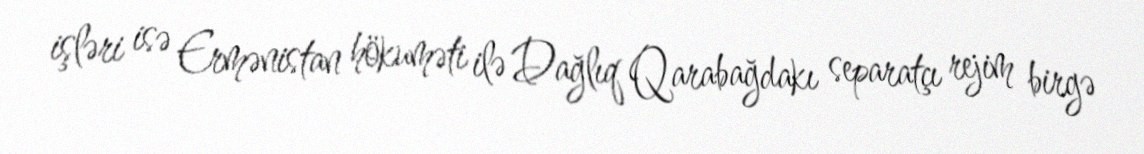
işləri isə Ermənistan hökuməti ilə Dağlıq Qarabağdakı separatçı rejim birgə